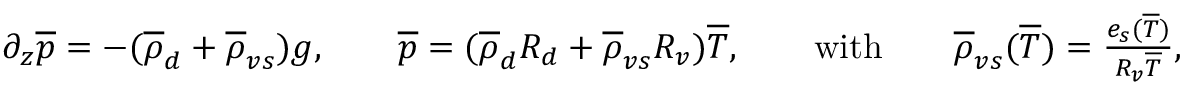
\begin{array} { r } { \partial _ { z } \overline { { p } } = - ( \overline { { \rho } } _ { d } + \overline { { \rho } } _ { v s } ) g , \qquad \overline { { p } } = ( \overline { { \rho } } _ { d } R _ { d } + \overline { { \rho } } _ { v s } R _ { v } ) \overline { { T } } , \qquad \mathrm { w i t h } \qquad \overline { { \rho } } _ { v s } ( \overline { { T } } ) = \frac { e _ { s } ( \overline { { T } } ) } { R _ { v } \overline { { T } } } , } \end{array}